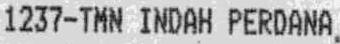
1237-TMN INDAH PERDANA.